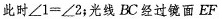
此时$$\angle 1 = \angle 2$$；光线BC经过镜面EF